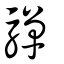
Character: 驒